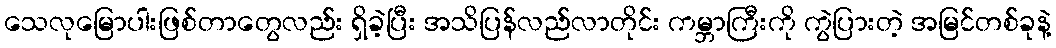
သေလုမြောပါးဖြစ်တာတွေလည်း ရှိခဲ့ပြီး အသိပြန်လည်လာတိုင်း ကမ္ဘာကြီးကို ကွဲပြားတဲ့ အမြင်တစ်ခုနဲ့